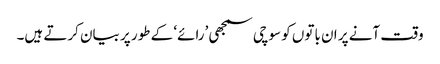
وقت آنے پر ان باتوں کو سوچی سمجھی ’رائے‘ کے طور پر بیان کرتے ہیں۔